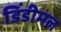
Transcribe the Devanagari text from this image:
डिंडीमल